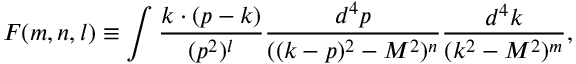
F ( m , n , l ) \equiv \int { \frac { k \cdot ( p - k ) } { ( p ^ { 2 } ) ^ { l } } \frac { d ^ { 4 } p } { ( ( k - p ) ^ { 2 } - M ^ { 2 } ) ^ { n } } \frac { d ^ { 4 } k } { ( k ^ { 2 } - M ^ { 2 } ) ^ { m } } } ,